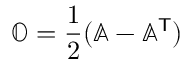
\ensuremath { \mathbb { O } } = \frac { 1 } { 2 } ( \ensuremath { \mathbb { A } } - \ensuremath { \mathbb { A } } ^ { \sf T } )